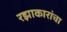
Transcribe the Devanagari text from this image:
रझाकारांचा